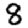
Digit: 8